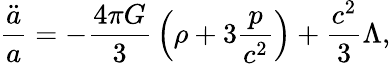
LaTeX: {\frac{\ddot{a}}{a}}=-{\frac{4\pi G}{3}}\left(\rho+3{\frac{p}{c^{2}}}\right)+{\frac{c^{2}}{3}}\Lambda,